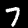
Digit: 7